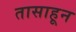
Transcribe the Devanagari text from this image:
तासाहून